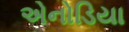
એનોડિયા